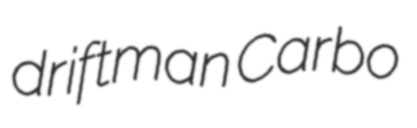
driftman Carbo